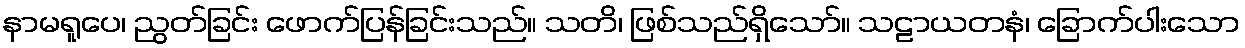
နာမရူပေ၊ ညွတ်ခြင်း ဖောက်ပြန်ခြင်းသည်။ သတိ၊ ဖြစ်သည်ရှိသော်။ သဠာယတနံ၊ ခြောက်ပါးသော